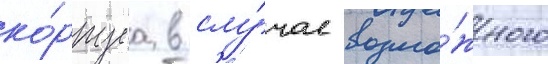
ко́рпуса в слу́чае возмо́жного